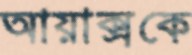
আয়াক্সকে